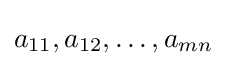
a_{11},a_{12},\dots ,a_{mn}